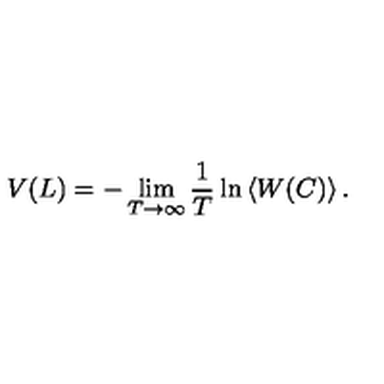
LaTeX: V ( L ) = - \lim _ { T \rightarrow \infty } \frac { 1 } { T } \ln \left\langle W ( C ) \right\rangle .